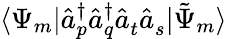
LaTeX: \langle\Psi_{m}|{\hat{a}}_{p}^{\dagger}{\hat{a}}_{q}^{\dagger}{\hat{a}}_{t}^{}{\hat{a}}_{s}^{}|{\tilde{\Psi}}_{m}\rangle